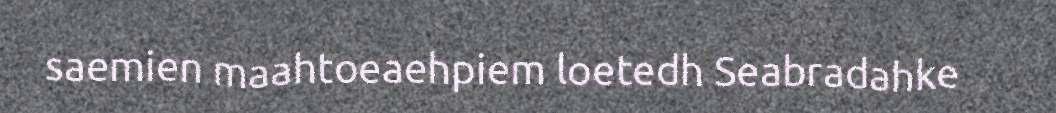
saemien maahtoeaehpiem loetedh Seabradahke